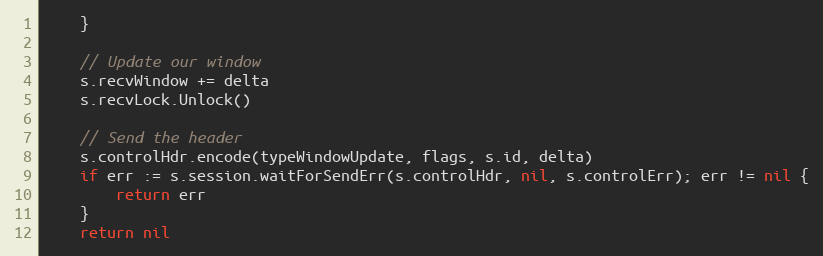
Language: Go
	}

	// Update our window
	s.recvWindow += delta
	s.recvLock.Unlock()

	// Send the header
	s.controlHdr.encode(typeWindowUpdate, flags, s.id, delta)
	if err := s.session.waitForSendErr(s.controlHdr, nil, s.controlErr); err != nil {
		return err
	}
	return nil